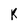
Character: K